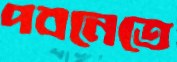
পবনেতে